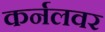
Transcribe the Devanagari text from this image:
कर्नलवर